Annual report on the Civil Veterinary Department, Burma (including the Insein Veterinary School) - 1923-1931
Year: 1923
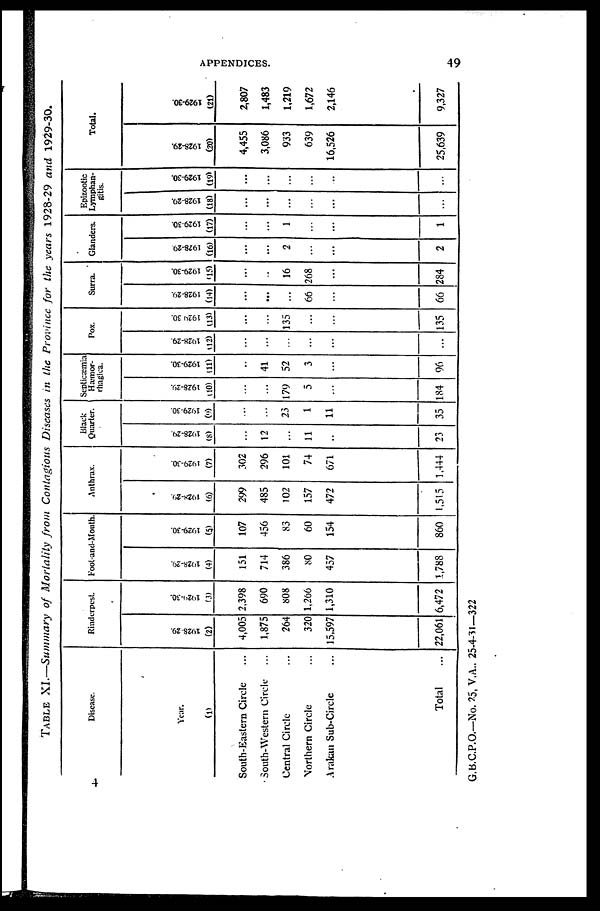
APPENDICES.
49
TABLE XI.—Summary of Mortality from Contagious Discases in the Province for the years 1928-29 and 1929-30.
Discase.
Year.
(1)
South-Eastern Circle ...
South-Western Circle ...
Central Circle ...
Northern Circle ...
Arakan Sub-Circle ...
Total ...
Rinderpest.
1928-29.
(2)
4,005
1,875
264
320
15,597
22,061
l929-30.
(3)
2.398
690
808
1,266
1,310
6,472
Foot-and-Mouth.
1928-29.
(4)
151
714
386
80
457
1,788
1929-30.
(5)
107
456
83
60
154
860
Anthrax.
1928-29.
(6)
299
485
102
157
472
1,515
1929-30.
(7)
302
296
101
74
671
1,444
Black
Quarter.
1928-29.
(8)
...
12
...
11
...
23
1929-30.
(9)
...
...
23
1
11
35
Septicaemia
Hæmor-
rhagica.
1928-29.
(10)
...
...
179
5
...
184
1929-30.
(11)
...
41
52
3
...
96
Pox.
1928-29.
(12)
...
...
...
...
...
...
1929 30.
(13)
...
...
135
...
...
135
Surra.
1928-29.
(14)
...
...
...
66
...
66
1929-30.
(15)
...
...
16
268
...
284
Glanders.
1928-29
(16)
...
...
2
...
...
2
1929-30.
(17)
...
...
1
...
...
1
Epizootic
Lymphan-
gitis.
1928-29.
(18)
...
...
...
...
...
...
1929-30.
(19)
...
...
...
...
...
...
Total.
1928-29.
(20)
4,455
3,086
933
639
16,526
25,639
1929-30.
(21)
2,807
1,483
1,219
1,672
2,146
9,327
G.B.C.P.O.—No. 25, V.A.. 25-4-31—322